Indian journal of veterinary science and animal husbandry - Volume 1,
Year: 1931
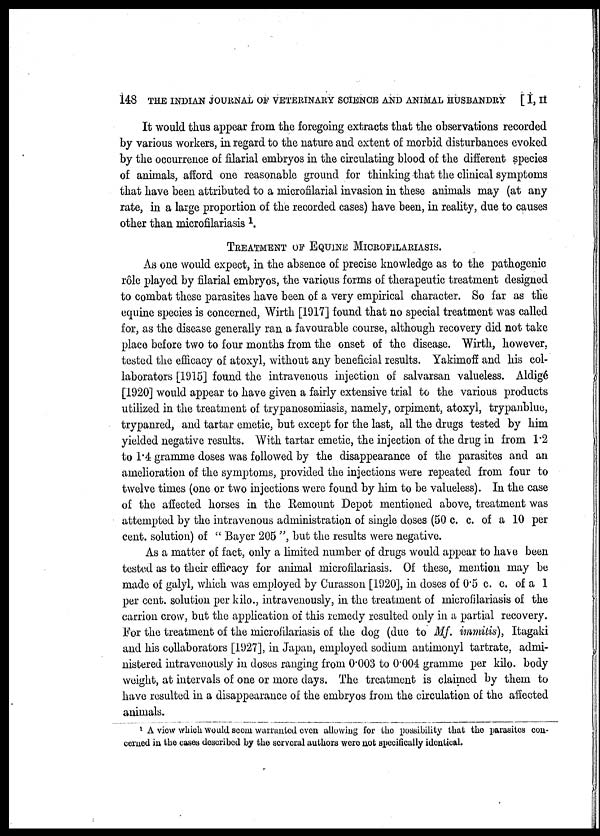
148 THE INDIAN JOURNAL OF VETERINARY SCIENCE AND ANIMAL HUSBANDRY [ I, II
It would thus appear from the foregoing extracts that the observations recorded
by various workers, in regard to the nature and extent of morbid disturbances evoked
by the occurrence of filarial embryos in the circulating blood of the different species
of animals, afford one reasonable ground for thinking that the clinical symptoms
that have been attributed to a microfilarial invasion in these animals may (at any
rate, in a large proportion of the recorded cases) have been, in reality, due to causes
other than microfilariasis 1 .
TREATMENT OF EQUINE MICROFILARIASIS.
As one would expect, in the absence of precise knowledge as to the pathogenic
rôle played by filarial embryos, the various forms of therapeutic treatment designed
to combat these parasites have been of a very empirical character. So far as the
equine species is concerned, Wirth [1917] found that no special treatment was called
for, as the disease generally ran a favourable course, although recovery did not take
place before two to four months from the onset of the disease. Wirth, however,
tested the efficacy of atoxyl, without any beneficial results. Yakimoff and his col-
laborators [1915] found the intravenous injection of salvarsan valueless. Aldigé
[1920] would appear to have given a fairly extensive trial to the various products
utilized in the treatment of trypanosomiasis, namely, orpiment, atoxyl, trypanblue,
trypanred, and tartar emetic, but except for the last, all the drugs tested by him
yielded negative results. With tartar emetic, the injection of the drug in from 1.2`
to 1.4 gramme doses was followed by the disappearance of the parasites and an
amelioration of the symptoms, provided the injections were repeated from four to
twelve times (one or two injections were found by him to be valueless). In the case
of the affected horses in the Remount Depot mentioned above, treatment was
attempted by the intravenous administration of single doses (50 c. c. of a 10 per
cent. solution) of " Bayer 205 ", but the results were negative.
As a matter of fact, only a limited number of drugs would appear to have been
tested as to their efficacy for animal microfilariasis. Of these, mention may be
made of galyl, which was employed by Curasson [1920], in doses of 0.5 c. c. of a 1
per cent. solution per kilo., intravenously, in the treatment of microfilariasis of the
carrion crow, but the application of this remedy resulted only in a partial recovery.
For the treatment of the microfilariasis of the dog (due to Mf. immitis), Itagaki
and his collaborators [1927], in Japan, employed sodium antimonyl tartrate, admi-
nistered intravenously in doses ranging from 0.003 to 0.004 gramme per kilo. body
weight, at intervals of one or more days. The treatment is claimed by them to
have resulted in a disappearance of the embryos from the circulation of the affected
animals.
1 A view which would seem warranted even allowing for the possibility that the parasites con-
cerned in the cases described by the serveral authors were not specifically identical.